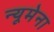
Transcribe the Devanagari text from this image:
न्यूमेना